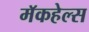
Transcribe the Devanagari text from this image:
मॅकहेल्स